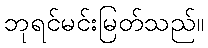
ဘုရင်မင်းမြတ်သည်။